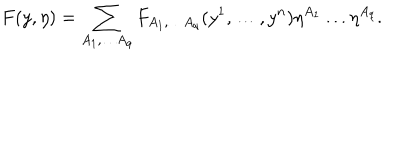
LaTeX: F ( y , \eta ) = \sum _ { A _ { 1 } , \dots A _ { q } } F _ { A _ { 1 } , \dots A _ { q } } ( y ^ { 1 } , \dots , y ^ { n } ) \eta ^ { A _ { 1 } } \dots \eta ^ { A _ { q } } .